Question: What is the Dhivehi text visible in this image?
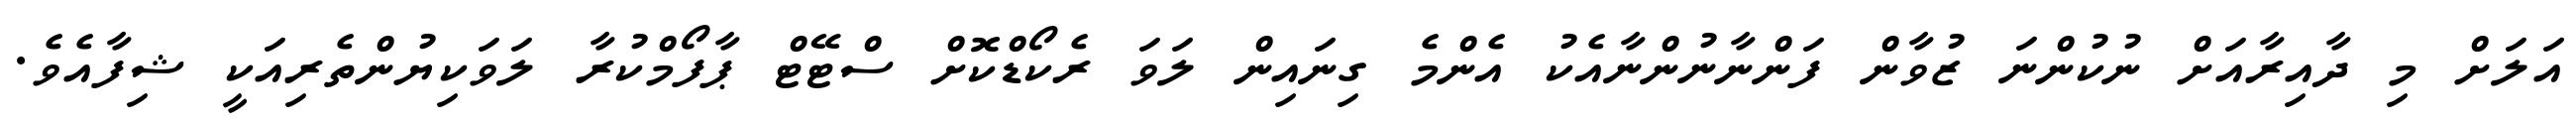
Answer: އަލަށް މި ދާއިރާއަށް ނުކުންނަ ޒުވާން ފަންނާނުންނާއެކު އެންމެ ގިނައިން ލަވަ ރެކޯޑްކޮށް ސްޓޭޓް ޕާފޯމްކުރާ ލަވަކިޔުންތެރިއަކީ ޝިފާއެވެ.